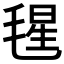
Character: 𣮶